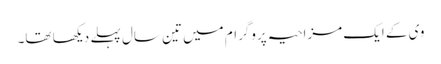
وی کے ایک مزاحیہ پروگرام میں تین سال پہلے دیکھا تھا۔